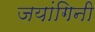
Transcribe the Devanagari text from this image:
जयांगिनी